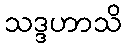
သဒ္ဒဟာသိ